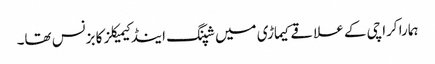
ہمارا کراچی کے علاقے کیماڑی میں شپنگ اینڈ کیمیکلز کا بزنس تھا۔